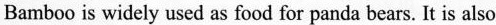
Bamboo is widely used as food for panda bears. It is also